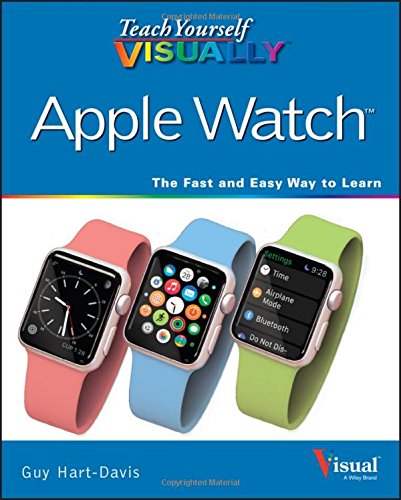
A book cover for Teach Yourself VISUALLY Apple Watch (Teach Yourself VISUALLY (Tech)); Guy Hart-Davis; Computers & Technology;